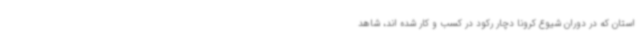
استان که در دوران شیوع کرونا دچار رکود در کسب و کار شده اند، شاهد